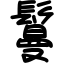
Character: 鬘